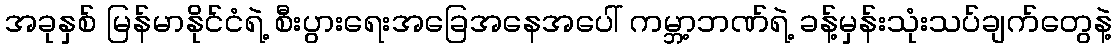
အခုနှစ် မြန်မာနိုင်ငံရဲ့ စီးပွားရေးအခြေအနေအပေါ် ကမ္ဘာ့ဘဏ်ရဲ့ ခန့်မှန်းသုံးသပ်ချက်တွေနဲ့